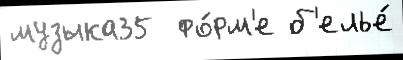
музыка35  фо́рм'е б'елье́